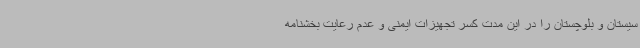
سیستان و بلوچستان را در این مدت کسر تجهیزات ایمنی و عدم رعایت بخشنامه